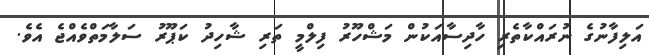
އަލިފާނުގެ ނުރައްކާތެރި ހާދިސާއަކުން މަޝްހޫރު ފިލްމީ ތަރި ޝާހިދު ކަޕޫރު ސަލާމަތްވެއްޖެ އެވެ.